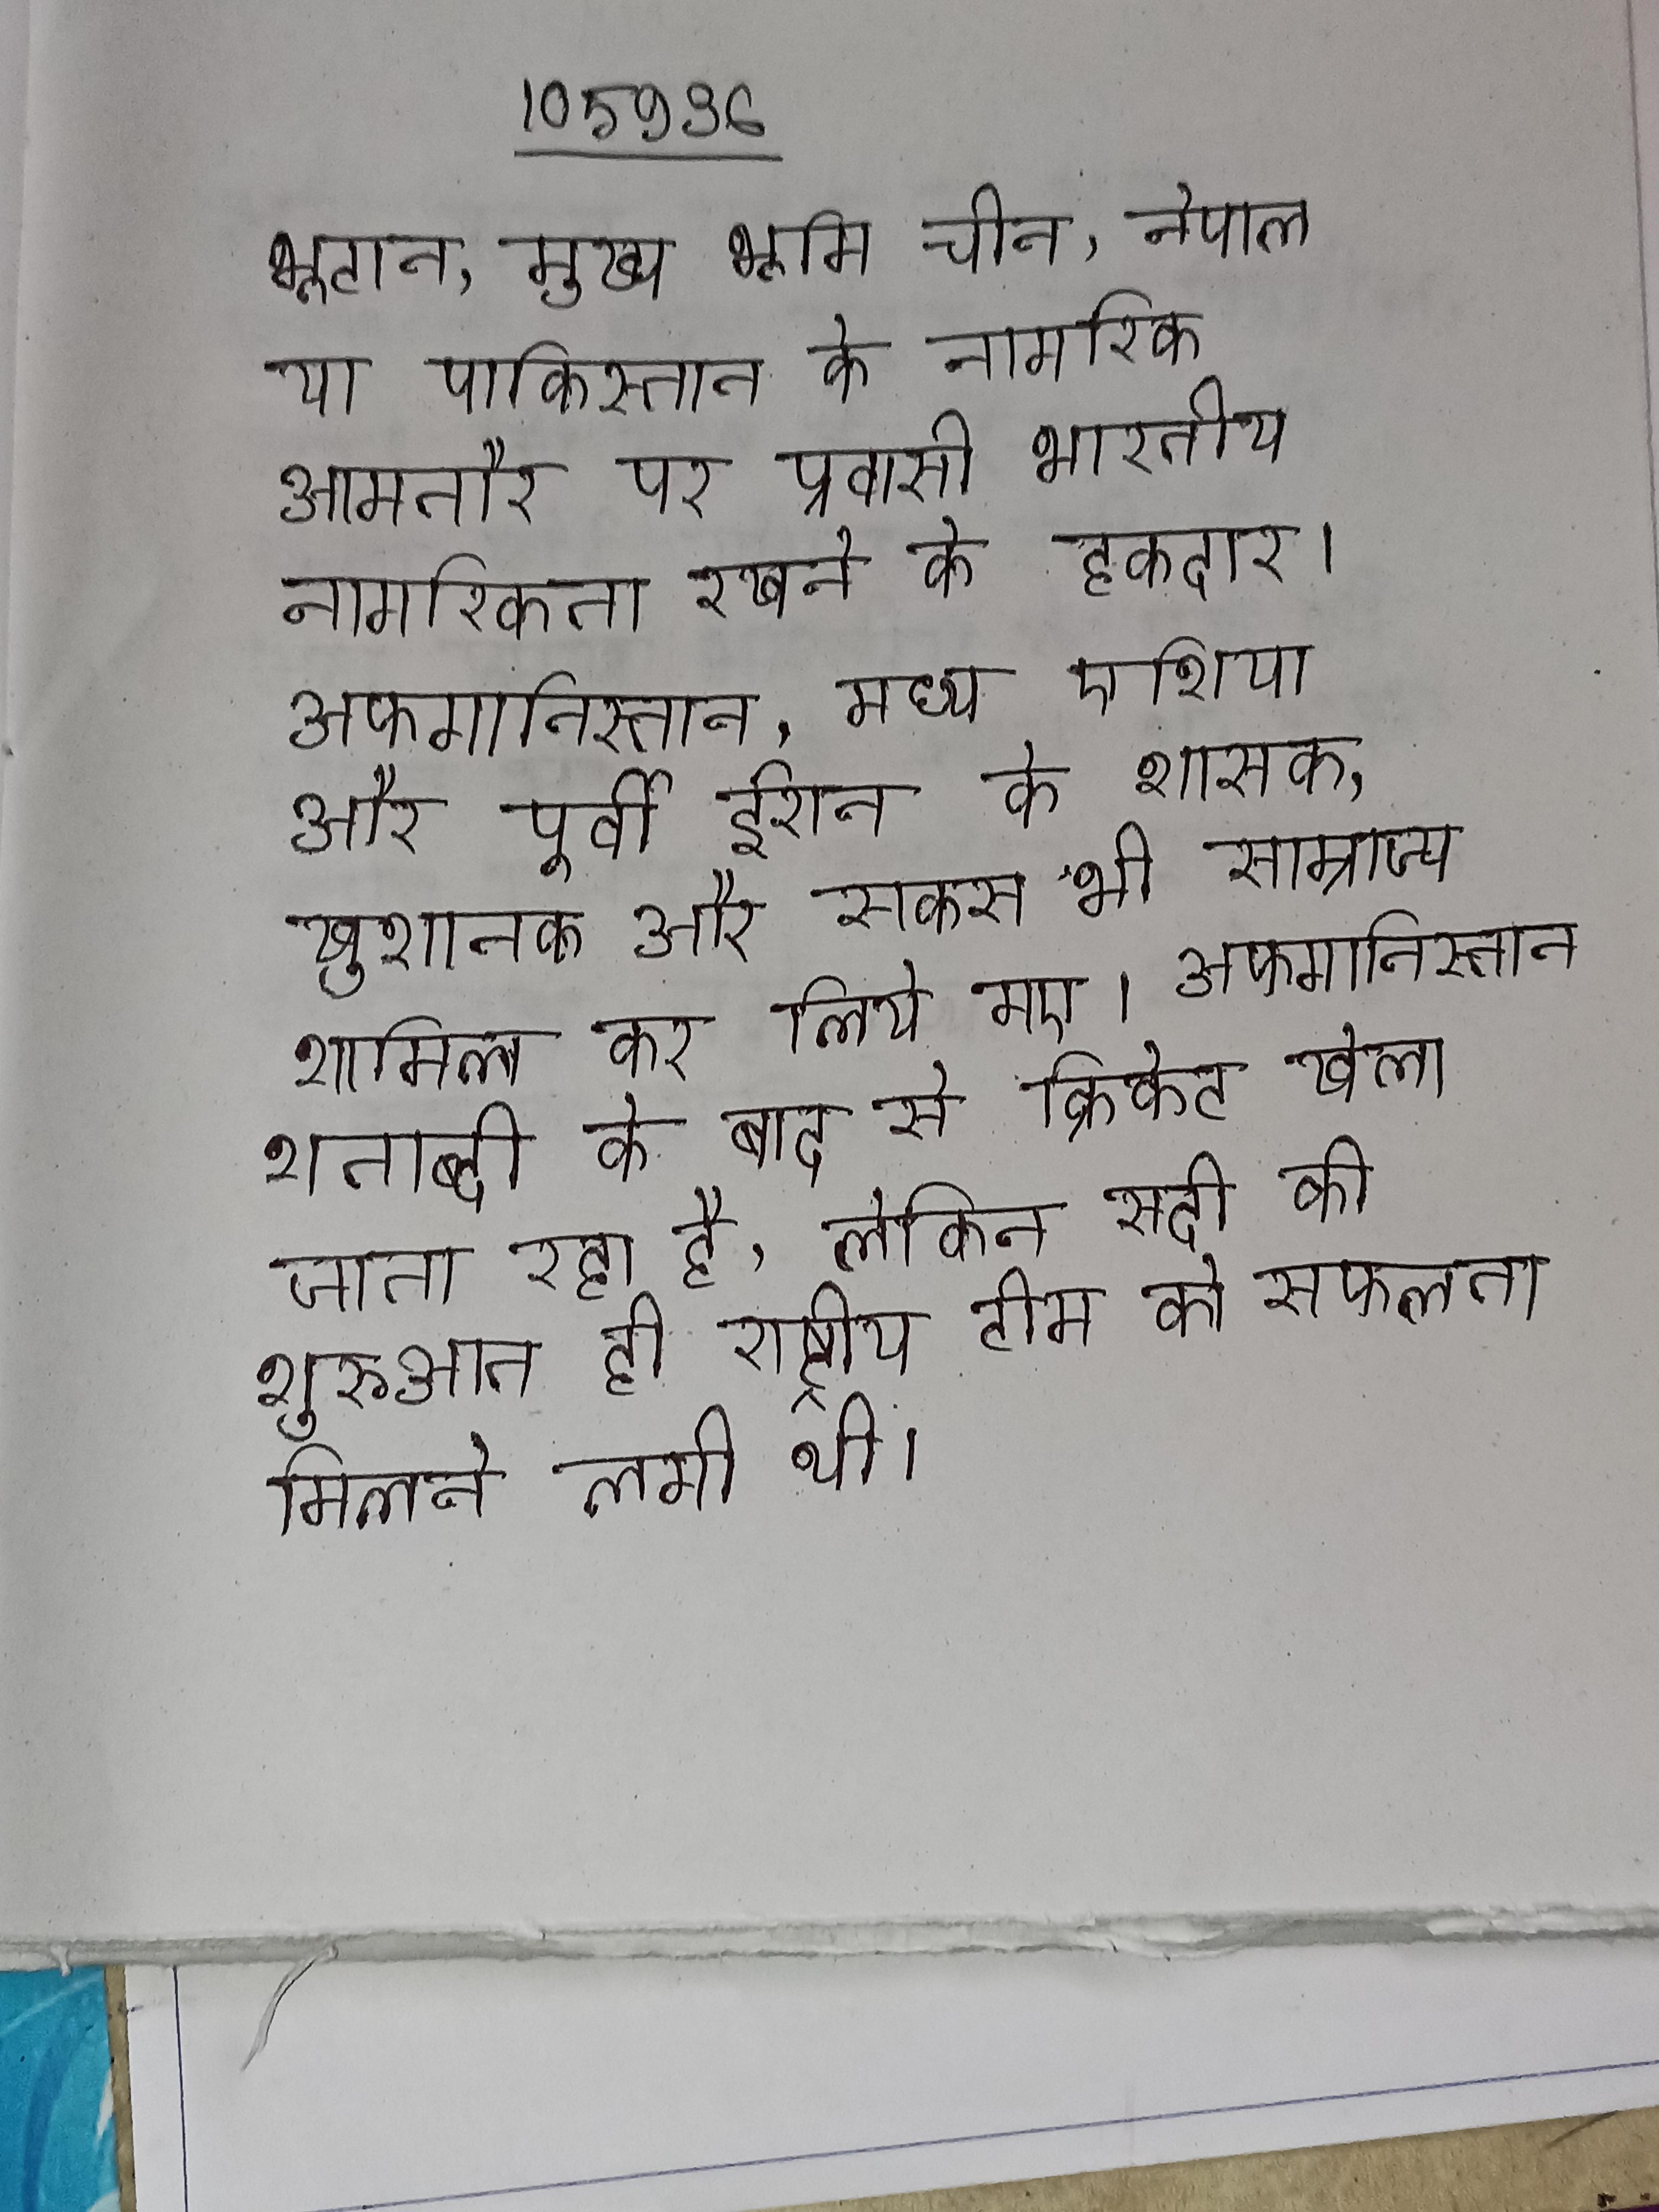
भूटान, मुख्य भूमि चीन, नेपाल या पाकिस्तान के नागरिक आमतौर पर प्रवासी भारतीय नागरिकता रखने के हकदार । अफगानिस्तान, मध्य एशिया और पूर्वी ईरान के शासक, खुशानक और सकस भी साम्राज्य शामिल कर लिये गए । अफगानिस्तान शताब्दी के बाद से क्रिकेट खेला जाता रहा है, लेकिन सदी की शुरुआत ही राष्ट्रीय टीम को सफलता मिलने लगी थी ।